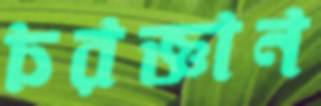
চরজ্ঞান